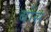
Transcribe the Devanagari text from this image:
बोंस